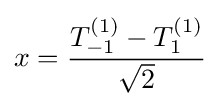
x={\frac {T_{-1}^{(1)}-T_{1}^{(1)}}{\sqrt {2}}}